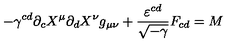
- \gamma ^ { c d } \partial _ { c } X ^ { \mu } \partial _ { d } X ^ { \nu } g _ { \mu \nu } + \frac { \varepsilon ^ { c d } } { \sqrt { - \gamma } } F _ { c d } = M